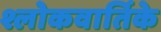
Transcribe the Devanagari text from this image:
श्लोकवार्तिके